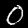
Digit: 0